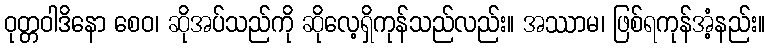
ဝုတ္တဝါဒိနော စေဝ၊ ဆိုအပ်သည်ကို ဆိုလေ့ရှိကုန်သည်လည်း။ အဿာမ၊ ဖြစ်ရကုန်အံ့နည်း။